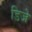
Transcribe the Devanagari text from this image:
डिजे